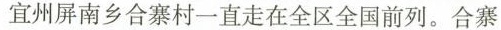
宜州屏南乡合寨村一直走在全区全国前列。合寨